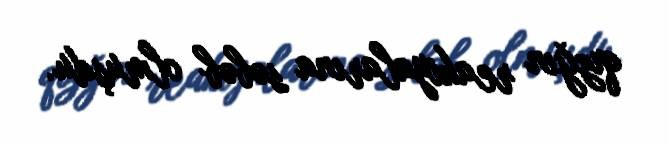
qızğın reakiyalarına səbəb olmuşdu.